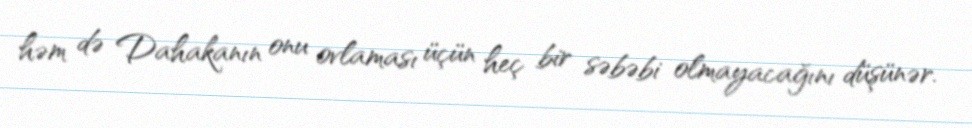
həm də Dahakanın onu ovlaması üçün heç bir səbəbi olmayacağını düşünər.